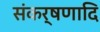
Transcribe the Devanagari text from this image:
संकर्षणादि